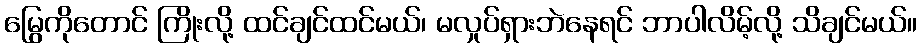
မြွေကိုတောင် ကြိုးလို့ ထင်ချင်ထင်မယ်၊ မလှုပ်ရှားဘဲနေရင် ဘာပါလိမ့်လို့ သိချင်မယ်။